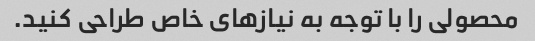
محصولی را با توجه به نیازهای خاص طراحی کنید.